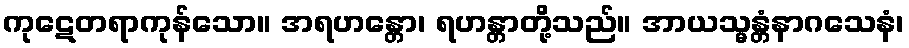
ကုဋေတရာကုန်သော။ အရဟန္တော၊ ရဟန္တာတို့သည်။ အာယသ္မန္တံနာဂသေနံ၊